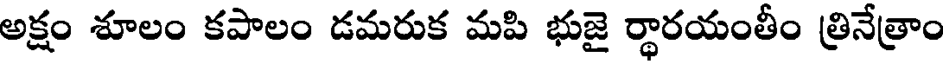
అక్షం శూలం కపాలం డమరుక మపి భుజై ర్థారయంతీం త్రినేత్రాం